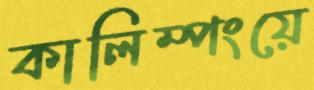
কালিম্পংয়ে